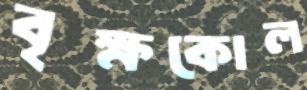
বৃক্ষকোল